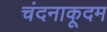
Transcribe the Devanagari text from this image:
चंदनाकूदम